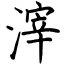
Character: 滓